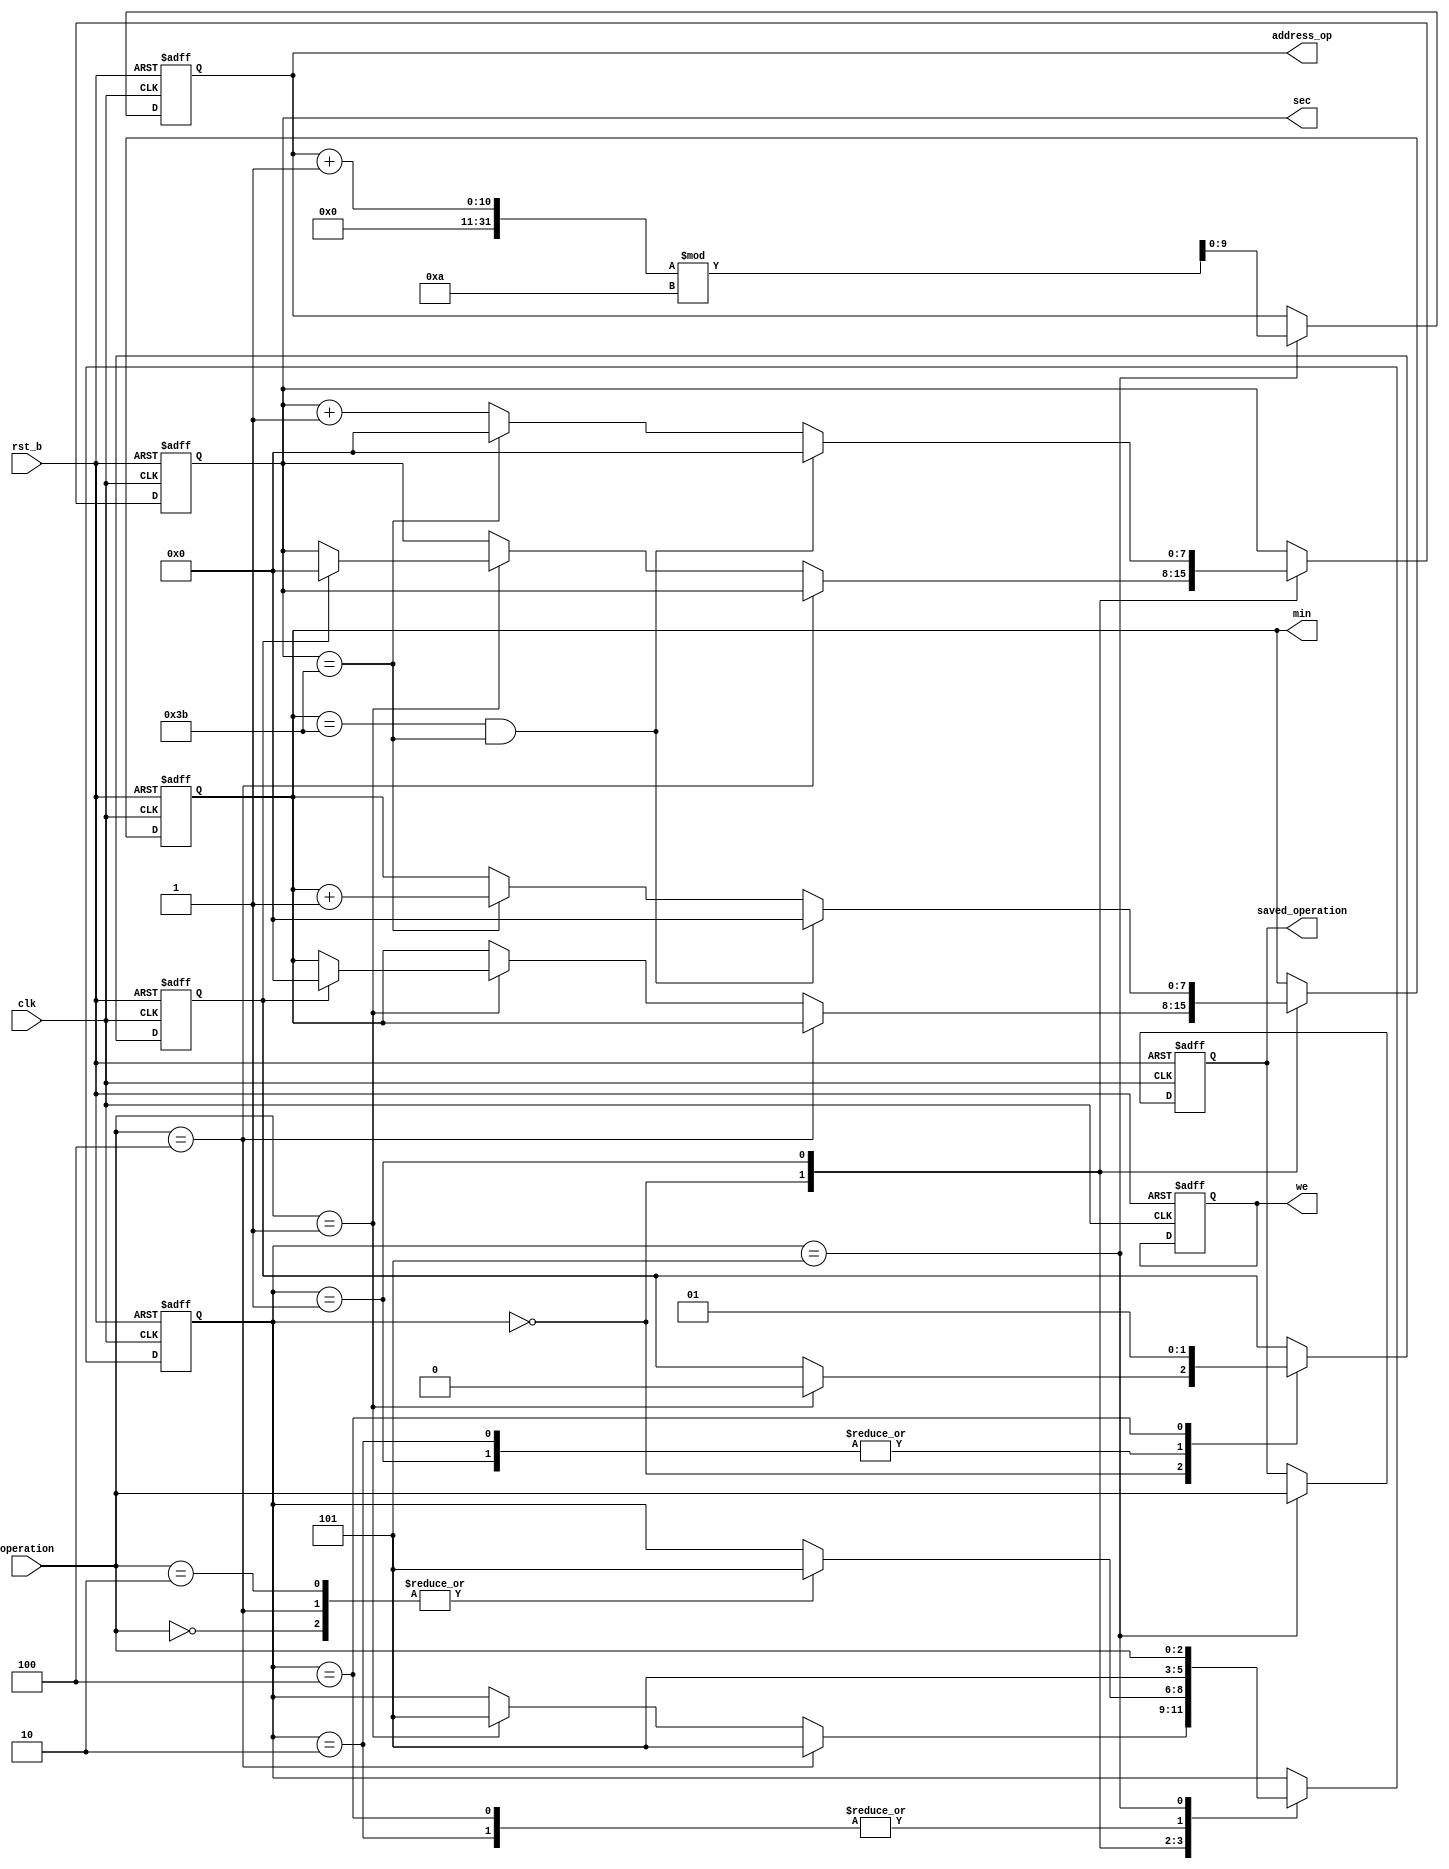
`define IDLE  3'b000
`define START 3'b001
`define STOP  3'b010
`define RESET 3'b100
`define SAVE_MEMORY 3'b101

module time_manager(input clk, rst_b, output reg[7:0] sec, output reg[7:0] min, input [2:0] operation, output reg [2:0] saved_operation, output reg we, output reg [9:0] address_op);
	
	reg reset_req_next, reset_req_reg;
	reg we_next;
	reg[9:0] addr_op_next;
	reg[7:0] cnt_next;
	reg[7:0] min_next;
	reg[2:0] state_reg, state_next;
	reg[2:0] saved_operation_next;
	always@(posedge clk or negedge rst_b)begin
		if(!rst_b)begin
			sec<=0;
			min<=0;
			state_reg <= `IDLE;
			reset_req_reg <=0;
			saved_operation <= 0;
			address_op <= 0;
			we<=0;
		end

		else begin
			sec<=cnt_next;
			min<=min_next;
			state_reg<=state_next;
			reset_req_reg<=reset_req_next;
			saved_operation <= saved_operation_next;
			address_op <= addr_op_next;
		end
	end
	always@(*) begin
		state_next = state_reg;
		cnt_next = sec;
		min_next = min;
		reset_req_next = reset_req_reg;
		saved_operation_next = saved_operation;
		addr_op_next = address_op;
		we_next = we;
		case(state_reg)
			`IDLE: begin
				we_next = 0;
				if(operation == 3'b001)begin
					cnt_next = reset_req_reg?8'd0:sec;
					min_next = reset_req_reg?8'd0:min;
					state_next = `SAVE_MEMORY;
					reset_req_next = 1'b0;
					
				end
				if(operation == 3'b100)begin
					cnt_next = sec;
					min_next = min;
					state_next = `SAVE_MEMORY;
				end
				
			end
			`START: begin
					we_next = 0;
					reset_req_next = 1'b0;
					cnt_next = sec+1;
					if(sec == 59) begin
						cnt_next = 0;
						min_next = min + 1;
					end
					if(min == 59 && sec == 59) begin
						cnt_next = 0;
						min_next = 0;
					end
					case(operation)
						3'b100: state_next = `SAVE_MEMORY;
						3'b000: state_next = `SAVE_MEMORY;
						3'b010: state_next = `SAVE_MEMORY;
					endcase

			end
			`STOP: begin
				we_next = 0;
				reset_req_next = 1'b0;
				state_next = `SAVE_MEMORY;
			end
			`RESET: begin
				we_next = 0;
				cnt_next = sec;
				reset_req_next = 1'b1;
				state_next = `SAVE_MEMORY;
			end
			`SAVE_MEMORY: begin
				addr_op_next = (address_op + 1)%10;
				we_next = 1;
				saved_operation_next = operation;
				state_next = operation;
			end
		endcase	

	end
endmodule